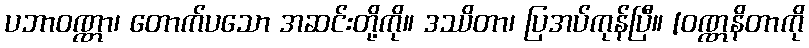
ပဘာဝဏ္ဏာ၊ တောက်ပသော အဆင်းတို့ကို။ ဒဿိတာ၊ ပြအပ်ကုန်ပြီ။ [ဝဏ္ဏနိတာကို